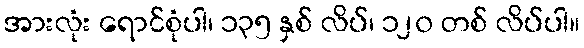
အားလုံး ရောင်စုံပါ၊ ၁၃၅ နှစ် လိပ်၊ ၁၂၀ တစ် လိပ်ပါ။